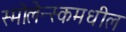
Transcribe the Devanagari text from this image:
स्मोलेन्स्कमधील